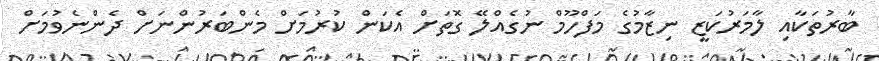
ބާރުތަކާއި ލާމަރުކަޒީ ނިޒާމުގެ މަފްހޫމް ނުގެއްލޭ ގޮތަށް އެކަން ކުރުމަށް މެންބަރުންނަށް ދެންނެވުމަށް